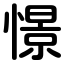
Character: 憬